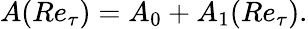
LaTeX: A(Re_{\tau})=A_{0}+A_{1}(Re_{\tau}).